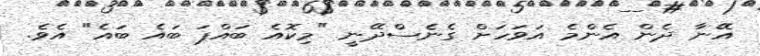
އޭނާ ދެން އެންމެ އަވަހަށް ގެނެސްދޭނީ "މިކޮއެ ބައްޕަ ބައެ ބައެ" އެވެ.